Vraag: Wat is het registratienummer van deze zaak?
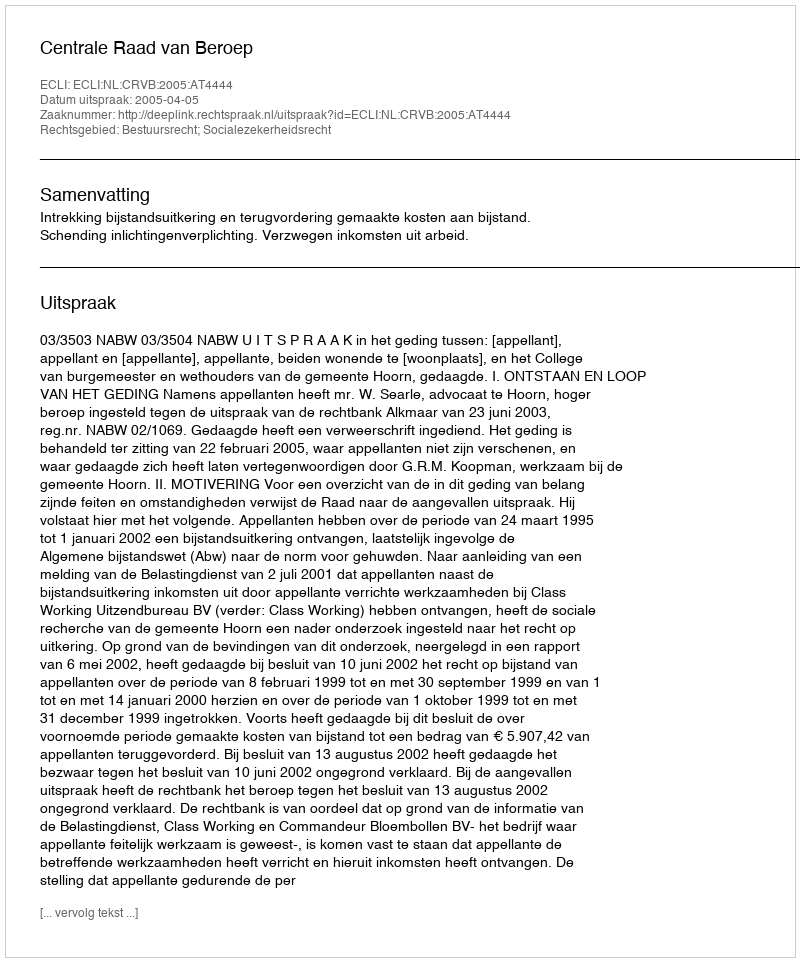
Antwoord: http://deeplink.rechtspraak.nl/uitspraak?id=ECLI:NL:CRVB:2005:AT4444